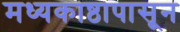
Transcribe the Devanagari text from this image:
मध्यकाष्ठापासून